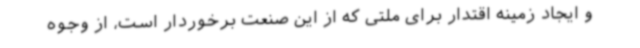
و ایجاد زمینه اقتدار برای ملتی که از این صنعت برخوردار است، از وجوه